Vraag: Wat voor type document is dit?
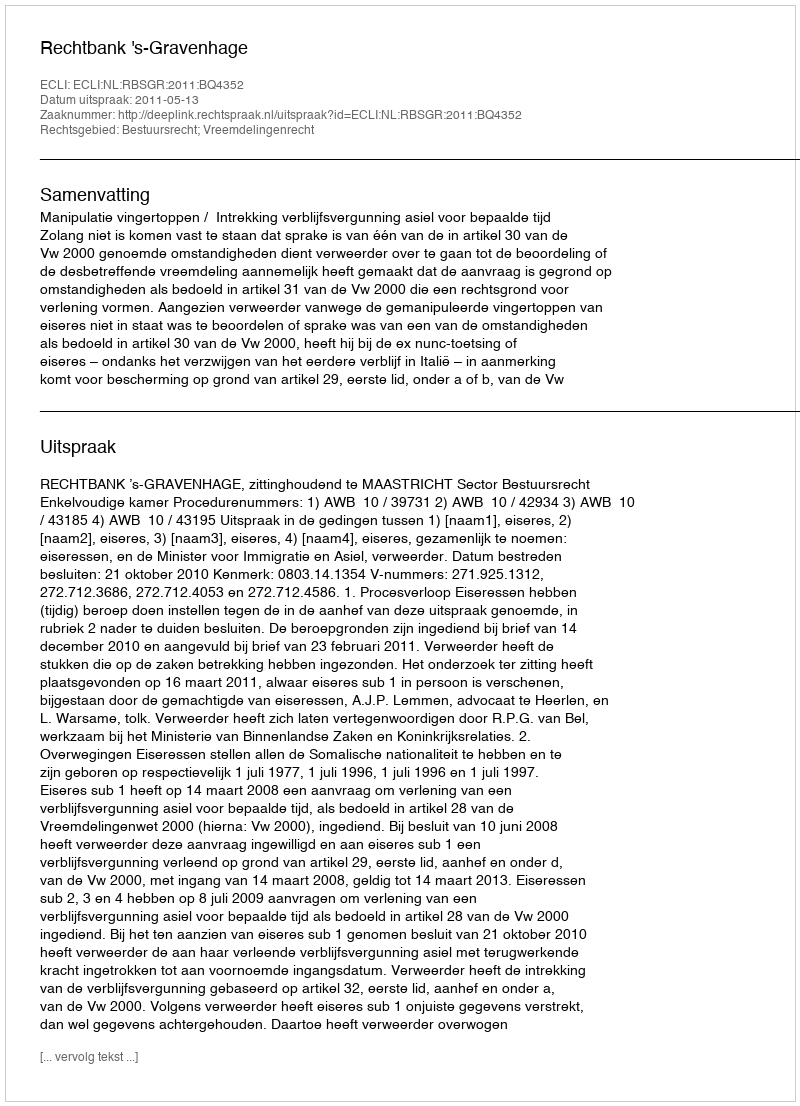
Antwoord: Uitspraak